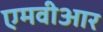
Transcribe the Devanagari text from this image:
एमवीआर